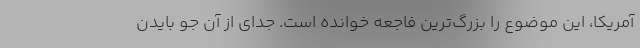
آمریکا، این موضوع را بزرگ‌ترین فاجعه خوانده است. جدای از آن جو بایدن